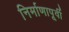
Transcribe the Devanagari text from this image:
निर्माणापूर्वी